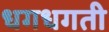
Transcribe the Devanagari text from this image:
धगधगती